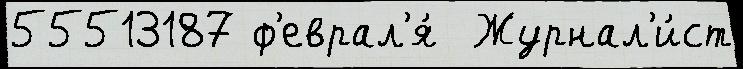
55513187 ф'еврал'я́  Журнал'и́ст